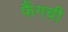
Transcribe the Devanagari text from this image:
फैंगची